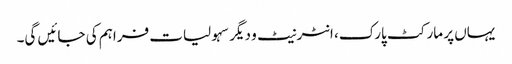
یہاں پر مارکٹ پارک، انٹرنیٹ و دیگر سہولیات فراہم کی جائیں گی۔